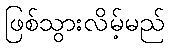
ဖြစ်သွားလိမ့်မည်